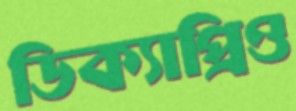
ডিক্যাপ্রিও